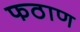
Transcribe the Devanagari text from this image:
फठाण